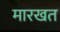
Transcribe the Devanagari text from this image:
मारखत